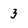
Character: 3